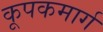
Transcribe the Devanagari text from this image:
कूपकमार्ग